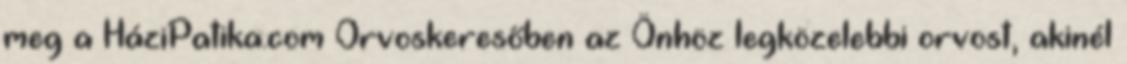
meg a HáziPatika.com Orvoskeresőben az Önhöz legközelebbi orvost, akinél